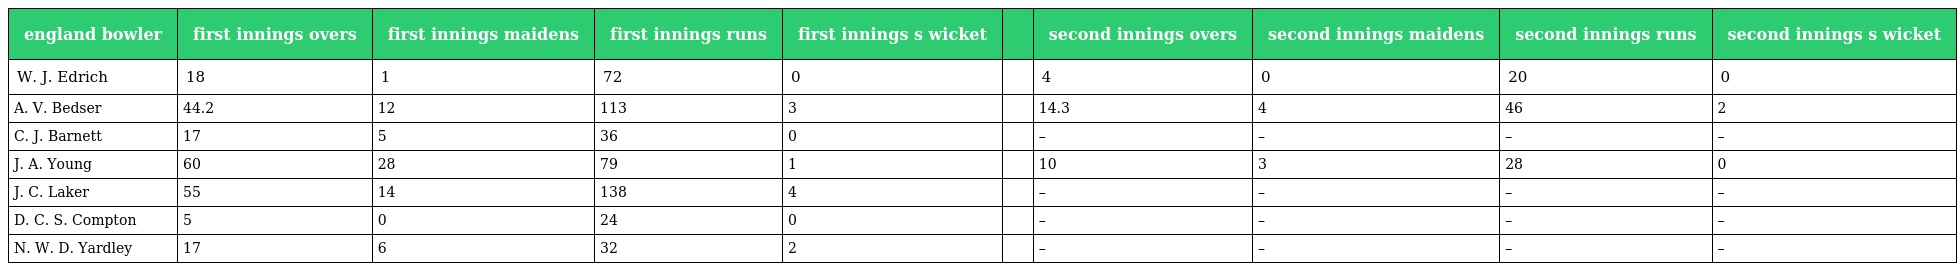
| england bowler | first innings overs | first innings maidens | first innings runs | first innings s wicket |  | second innings overs | second innings maidens | second innings runs | second innings s wicket |
 | --- | --- | --- | --- | --- | --- | --- | --- | --- | --- |
 | W. J. Edrich | 18 | 1 | 72 | 0 |  | 4 | 0 | 20 | 0 |
 | A. V. Bedser | 44.2 | 12 | 113 | 3 |  | 14.3 | 4 | 46 | 2 |
 | C. J. Barnett | 17 | 5 | 36 | 0 |  | – | – | – | – |
 | J. A. Young | 60 | 28 | 79 | 1 |  | 10 | 3 | 28 | 0 |
 | J. C. Laker | 55 | 14 | 138 | 4 |  | – | – | – | – |
 | D. C. S. Compton | 5 | 0 | 24 | 0 |  | – | – | – | – |
 | N. W. D. Yardley | 17 | 6 | 32 | 2 |  | – | – | – | – |